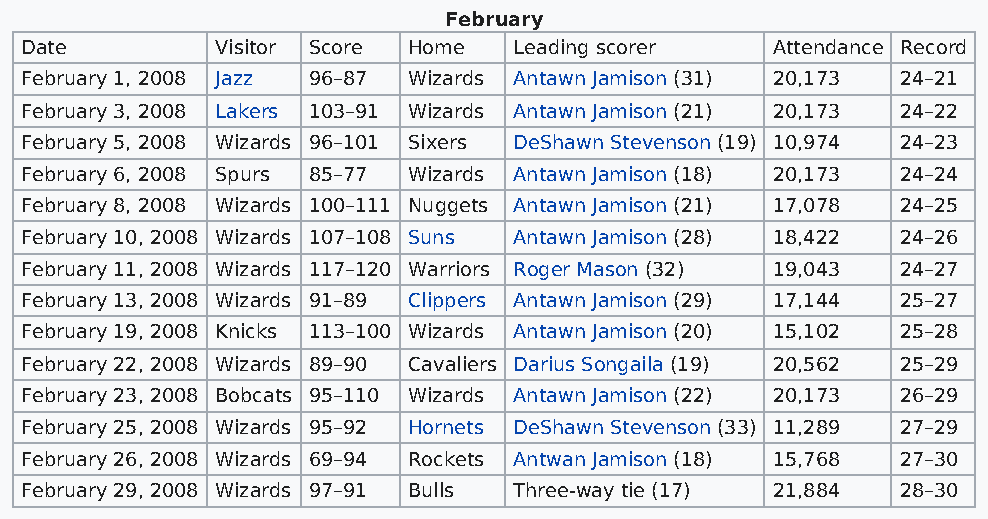
February
 Date         Visitor Score Home  Leading scorer   Attendance Record
 February 1, 2008 Jazz 96–87 Wizards Antawn Jamison (31) 20,173 24–21
 February 3, 2008 Lakers 103–91 Wizards Antawn Jamison (21) 20,173 24–22
 February 5, 2008 Wizards 96–101 Sixers DeShawn Stevenson (19) 10,974 24–23
 February 6, 2008 Spurs 85–77 Wizards Antawn Jamison (18) 20,173 24–24
 February 8, 2008 Wizards 100–111 Nuggets Antawn Jamison (21) 17,078 24–25
 February 10, 2008 Wizards 107–108 Suns Antawn Jamison (28) 18,422 24–26
 February 11, 2008 Wizards 117–120 Warriors Roger Mason (32) 19,043 24–27
 February 13, 2008 Wizards 91–89 Clippers Antawn Jamison (29) 17,144 25–27
 February 19, 2008 Knicks 113–100 Wizards Antawn Jamison (20) 15,102 25–28
 February 22, 2008 Wizards 89–90 Cavaliers Darius Songaila (19) 20,562 25–29
 February 23, 2008 Bobcats 95–110 Wizards Antawn Jamison (22) 20,173 26–29
 February 25, 2008 Wizards 95–92 Hornets DeShawn Stevenson (33) 11,289 27–29
 February 26, 2008 Wizards 69–94 Rockets Antwan Jamison (18) 15,768 27–30
 February 29, 2008 Wizards 97–91 Bulls Three-way tie (17) 21,884 28–30